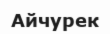
Айчурек